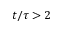
t / \tau > 2